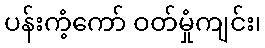
ပန်းကံ့ကော် ဝတ်မှုံကျင်း၊